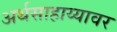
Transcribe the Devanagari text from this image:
अर्थसाहाय्यावर